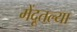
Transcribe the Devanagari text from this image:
मेंदूतल्या